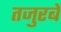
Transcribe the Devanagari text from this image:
तजुरबे